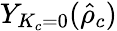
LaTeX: Y_{K_{c}=0}(\hat{\rho}_{c})